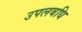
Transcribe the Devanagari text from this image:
उपलबधि